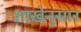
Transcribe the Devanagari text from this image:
शाखेनुसार